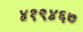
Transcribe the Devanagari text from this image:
४१९४६७